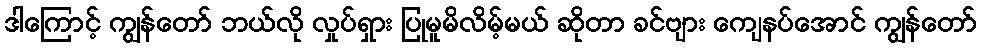
ဒါကြောင့် ကျွန်တော် ဘယ်လို လှုပ်ရှား ပြုမူမိလိမ့်မယ် ဆိုတာ ခင်ဗျား ကျေနပ်အောင် ကျွန်တော်